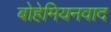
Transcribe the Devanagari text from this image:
बोहेमियनवाद